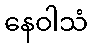
နေဝါသံ